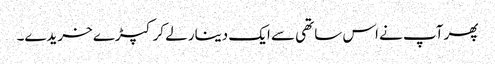
پھر آپ نے اس ساتھی سے ایک دینار لے کر کپڑے خریدے۔